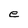
Character: e